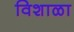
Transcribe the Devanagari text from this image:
विशाळा